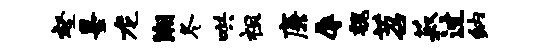
壑墨龙潮冬哄祖廉辱魏苕菽过纳